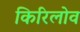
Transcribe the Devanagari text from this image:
किरिलोव